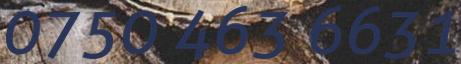
0750 463 6631